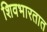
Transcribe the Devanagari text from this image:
शिवभारतात